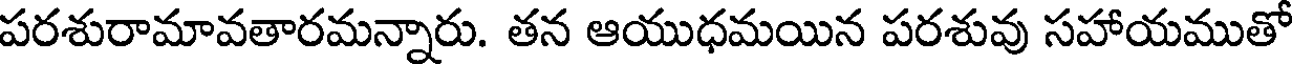
పరశురామావతారమన్నారు. తన ఆయుధమయిన పరశువు సహాయముతో